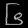
Digit: ၆